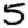
Digit: 5